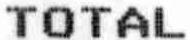
TOTAL